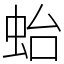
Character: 𧉟